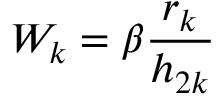
W _ { k } = \beta \frac { r _ { k } } { h _ { 2 k } }